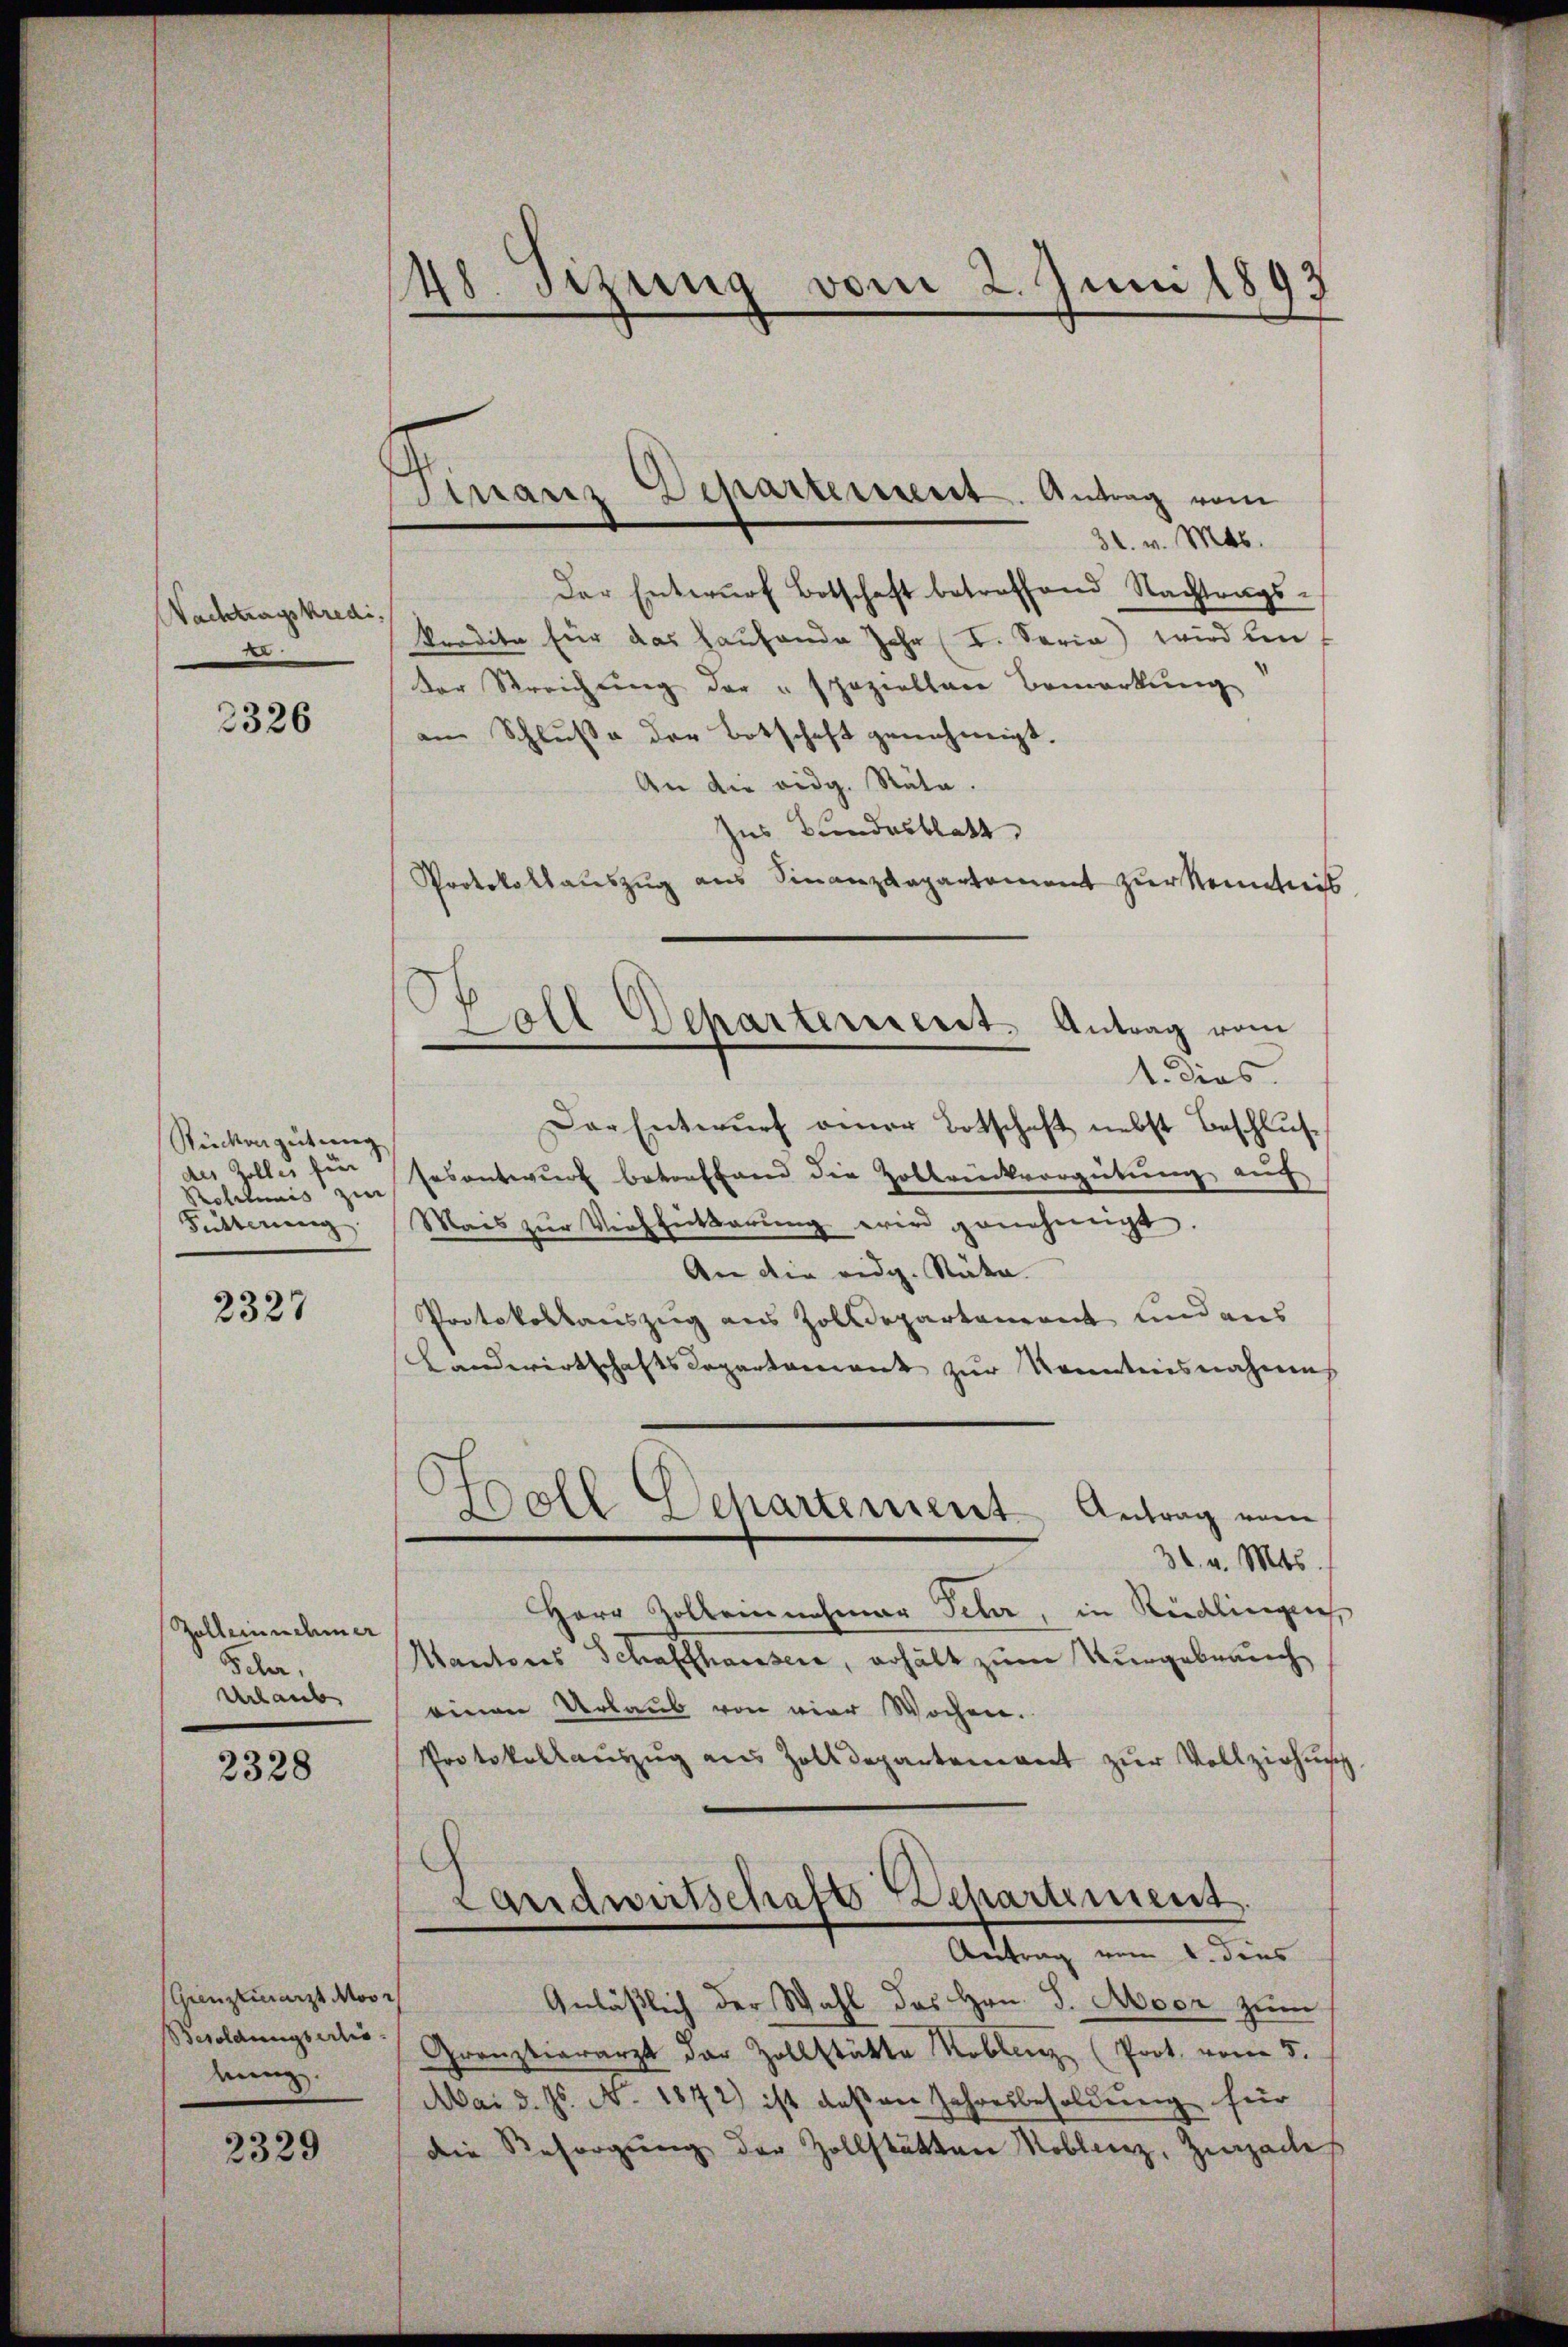
Nachtragskredi
d

3326

Rückengütung
des Zolles für
Politicis zur
Fütterung

2327

Zolleinnehmer
Feler,
Urlaub

2328

(Grenztierarzt Moor
Besoldungserlis
hang

2329

48. Sizung vom 2. Juni 1893

Finanz-Departement. Antrag vom

31. v. Mts.
Der Entwŭrf Botschaft betreffend Nachtrags-
radita für das Hausende Jahr (I. Seria wird ben
der Streichŭng der "spaziellen Bemerkŭng
am Schluße der Botschaft genehmigt.
An die eidg. Räte.
Zus Bundesblatt
Protokollauszug aus Finanzkapartement zur Kenntni
1. dies
Der Entwurf einer Botschaft nebst Beschlussesantwurf betonftand die Zobbrückvergütung auf
Mais zŭr Verheitbarŭng wird genehmigt.
An die eidg. Rüka
Protokollauszug aus Zolldepartement und aus
Landwirtschaftsdepartament zŭr Kenntnisnahme
.
Woll Departement Antrag vom
30. v. Mts.
Herr Zollennehmer Peter, in Rüdlingen
Mantons Schaffhaussere, erhält zum Vergebrauch
einen Urlaub von vier Wochen.
Protokollaŭszŭg aus Zolldepartement zŭr Vollziehung
Landwirtschaft Departement
Antrag vom 1. dies
Anläßlich der Wahl des Hrn. J. Moor zum
Grenztierarzt der Zollstätte Koblenz (Prot. vom 5.
Mai d. Js. No. 1872) ist deßen Jahresbesoldung für
die Resorgŭng der Zollstätten Koblenz, Zurzade

Goll Departeriert. Antrag vom
e